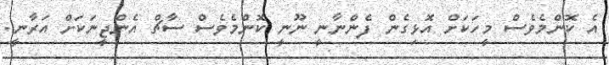
އެ ކޮންމެވެސް މީހަކަށް އޮޅިގެން ފެންނާނީ ނޫނީ ކޮންމެވެސް ސާޗް އެންޖީނަކަށް އަރާނީ.